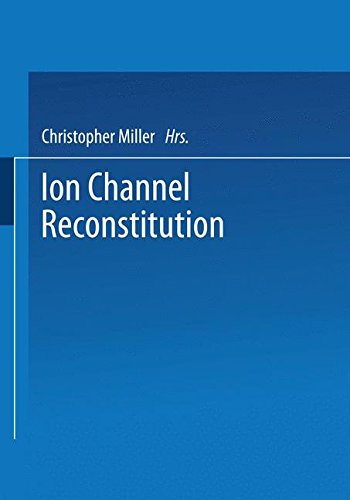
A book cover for Ion Channel Reconstitution; Medical Books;